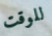
للوقت